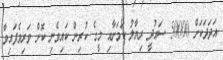
އަދަދަކަށް 50000 ސައުދީ ރިޔާލު ކަމަށާއި މީގެ ކުރިން ކައިވެނި ކޮށް ވަރިވެފައިވާ